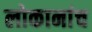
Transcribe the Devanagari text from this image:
लोकानांच